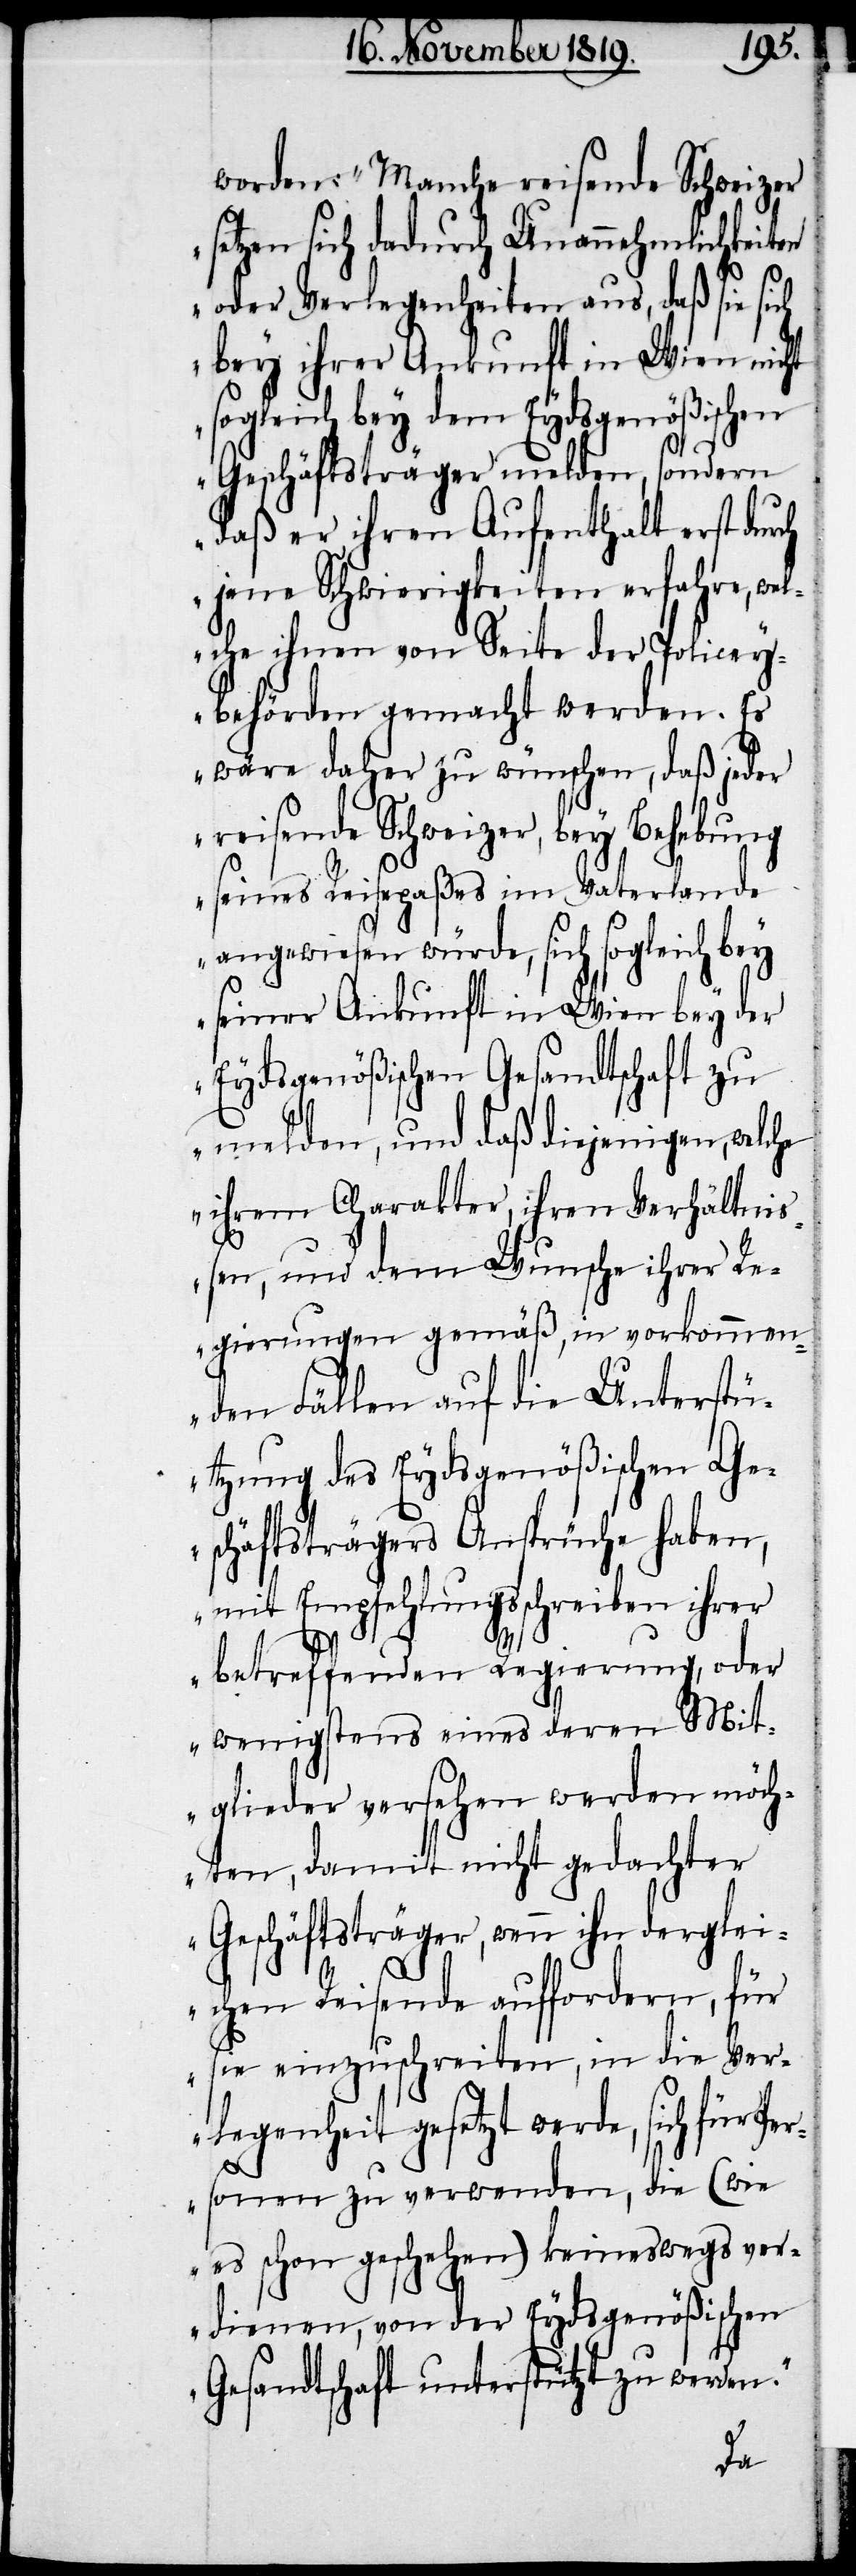
worden: „Manche reisende Schweizer
setzen sich dadurch Unannehmlichkeiten
oder Verlegenheiten aus, daß sie sich
bey ihrer Ankunft in Wien nicht
sogleich bey dem Eydsgenößischen
Geschäftsträger melden, sondern
daß er ihren Aufenthalt erst durch
jene Schwierigkeiten erfahre, wel¬
che ihnen von Seite der Policey¬
behörden gemacht werden. Es
wäre daher zu wünschen, daß jeder
reisende Schweizer, bey Behebung
seines Reisepaßes im Vaterlande
angewiesen würde, sich sogleich bey
seiner Ankunft in Wien bey der
Eydsgenößischen Gesandtschaft zu
melden, und daß diejenigen, welche
ihrem Charakter, ihren Verhältnis¬
sen, und dem Wunsche ihrer Re¬
gierungen gemäß, in vorkommen¬
den Fällen auf die Unterstü¬
tzung des Eydsgenößischen Ge¬
schäftsträgers Ansprüche haben,
mit Empfehlungsschreiben ihrer
betreffenden Regierung, oder
wenigstens eines deren Mit¬
glieder versehen werden möch¬
ten, damit nicht gedachter
Geschäftsträger, wenn ihn derglei¬
chen Reisende auffordern, für
sie einzuschreiten, in die Ver¬
legenheit gesetzt werde, sich für Per¬
sonen zu verwenden, die (wie
es schon geschehen) keineswegs ver¬
dienen, von der Eydsgenößischen
Gesandtschaft unterstützt zu werden.“